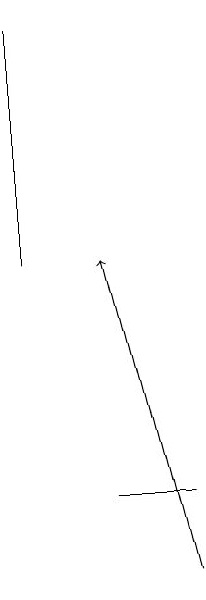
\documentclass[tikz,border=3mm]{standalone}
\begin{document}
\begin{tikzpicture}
\draw (8,12) rectangle (7,12);
\draw (6,15) rectangle (6,18);
\draw[->] (8,11) -- (7,15);
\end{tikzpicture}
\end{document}